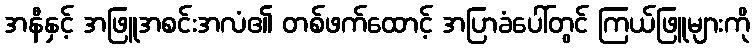
အနီနှင့် အဖြူအစင်းအလံ၏ တစ်ဖက်ထောင့် အပြာခံပေါ်တွင် ကြယ်ဖြူများကို